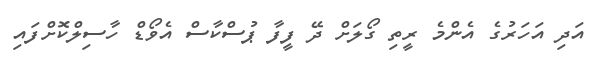
އަދި އަހަރުގެ އެންމެ ރީތި ގޯލަށް ދޭ ފީފާ ޕުސްކާސް އެވޯޑް ހާސިލްކޮށްފައި